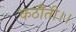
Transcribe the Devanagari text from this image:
कठौती।।